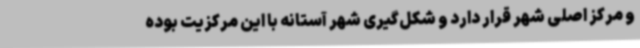
و مرکز اصلی شهر قرار دارد و شکل‌گیری شهر آستانه با این مرکزیت بوده